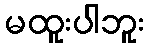
မထူးပါဘူး